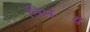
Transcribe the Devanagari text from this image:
निभ॔य